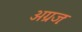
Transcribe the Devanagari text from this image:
अग्रजः